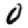
Digit: 0